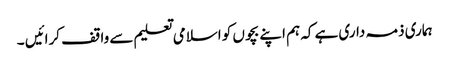
ہماری ذمہ داری ہے کہ ہم اپنے بچوں کو اسلامی تعلیم سے واقف کرائیں ۔